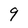
Character: 9